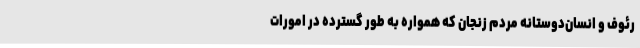
رئوف و انسان‌دوستانه مردم زنجان که همواره به طور گسترده در امورات